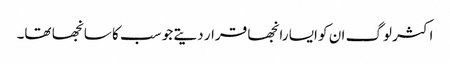
اکثر لوگ ان کو ایسا رانجھا قرار دیتے جو سب کا سانجھا تھا۔